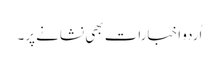
اُردو اخبارات بھی نشانے پر۔